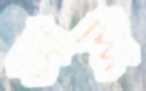
আদ্দি